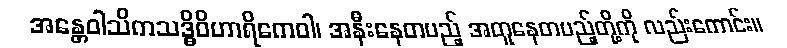
အန္တေဝါသိကသဒ္ဓိဝိဟာရိကေဝါ၊ အနီးနေတပည့် အတူနေတပည့်တို့ကို လည်းကောင်း။